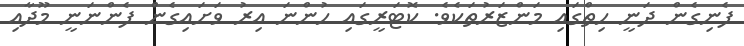
ފެނިގެން ދަނީ ހިތްގައި މަންޒަރުތަކެވެ. ކޮޓަރީގައި ހުންނަ އިރު ވަށައިގެން ފެންނަނީ މޫދާއި